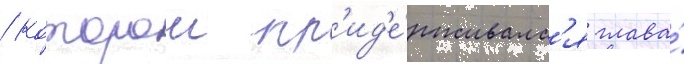
/ которои пр'ид'е́рживалс'я глава́